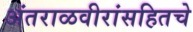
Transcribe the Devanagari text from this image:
अंतराळवीरांसहितचे